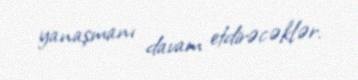
yanaşmanı davam etdirəcəklər.